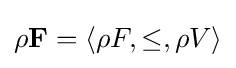
\rho \mathbf {F} =\langle \rho F,\leq ,\rho V\rangle